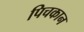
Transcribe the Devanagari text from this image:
पिचकान